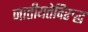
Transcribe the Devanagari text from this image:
जातीयतेविरुद्ध